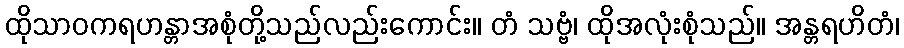
ထိုသာဝကရဟန္တာအစုံတို့သည်လည်းကောင်း။ တံ သဗ္ဗံ၊ ထိုအလုံးစုံသည်။ အန္တရဟိတံ၊